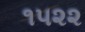
૧૫૨૨